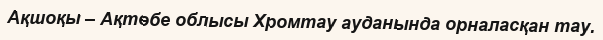
Ақшоқы – Ақтөбе облысы Хромтау ауданында орналасқан тау.